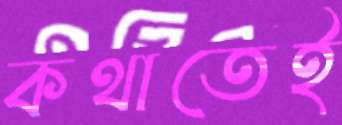
কথাতেই